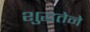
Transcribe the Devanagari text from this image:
शुद्धतेने